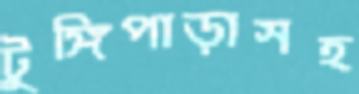
টুঙ্গিপাড়াসহ